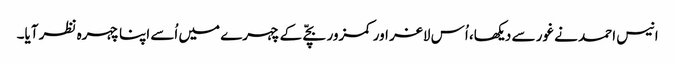
انیس احمد نے غور سے دیکھا، اُس لاغر اور کمزور بچّے کے چہرے میں اُسے اپنا چہرہ نظر آیا۔